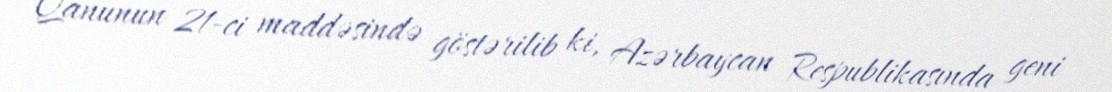
Qanunun 21-ci maddəsində göstərilib ki, Azərbaycan Respublikasında geni